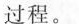
过程。